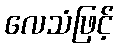
လေသံဖြင့်